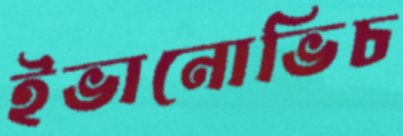
ইভানোভিচ